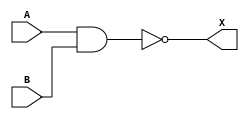
module nand_gate_gate_primitive (A, B, X);

  input A, B;
  output X;

  nand U0(X, A, B);

endmodule